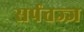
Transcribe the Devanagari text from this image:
सर्पतज्ज्ञ